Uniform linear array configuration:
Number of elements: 8
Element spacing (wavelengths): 0.5
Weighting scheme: blackman
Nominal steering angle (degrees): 0
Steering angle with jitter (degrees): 0.8062
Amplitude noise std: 0.05
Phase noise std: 0.05

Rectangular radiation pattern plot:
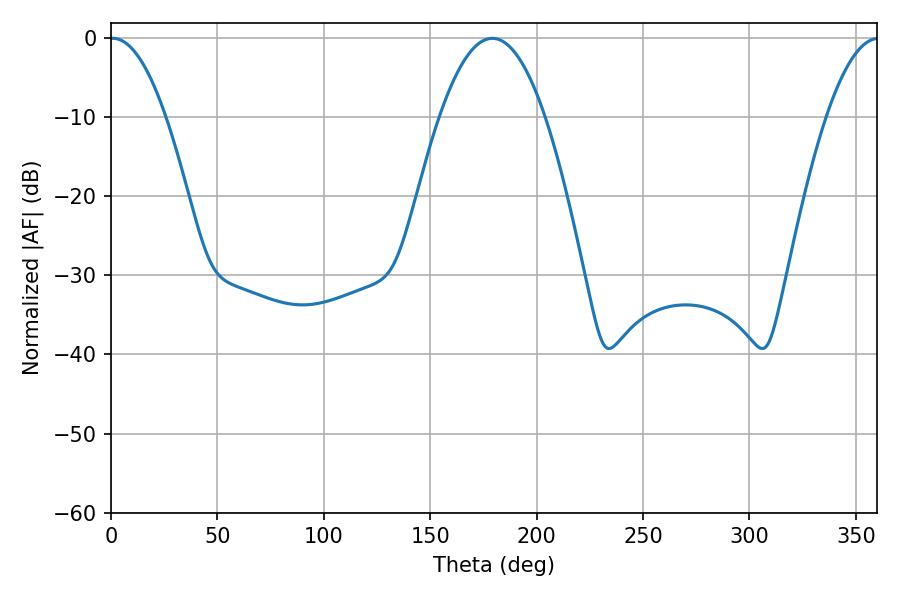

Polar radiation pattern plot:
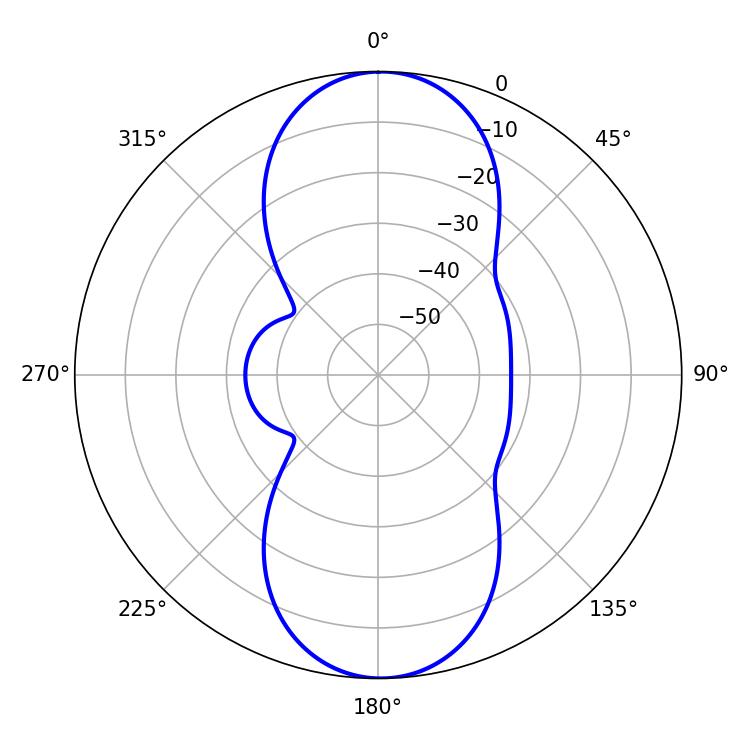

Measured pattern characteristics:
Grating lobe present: FALSE
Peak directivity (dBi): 20.986
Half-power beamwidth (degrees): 14.4
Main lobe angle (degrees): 0.9